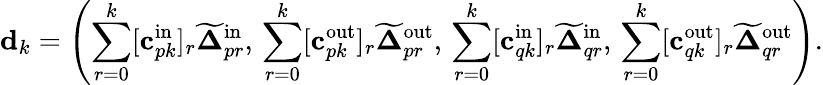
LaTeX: \mathbf{d}_{k}=\left(\sum_{r=0}^{k}[\mathbf{c}_{pk}^{\mathrm{in}}]_{r}\widetilde{\boldsymbol{\Delta}}_{pr}^{\mathrm{in}},\, \sum_{r=0}^{k}[\mathbf{c}_{pk}^{\mathrm{out}}]_{r}\widetilde{\boldsymbol{\Delta}}_{pr}^{\mathrm{out}},\, \sum_{r=0}^{k}[\mathbf{c}_{qk}^{\mathrm{in}}]_{r}\widetilde{\boldsymbol{\Delta}}_{qr}^{\mathrm{in}},\, \sum_{r=0}^{k}[\mathbf{c}_{qk}^{\mathrm{out}}]_{r}\widetilde{\boldsymbol{\Delta}}_{qr}^{\mathrm{out}}\right).